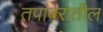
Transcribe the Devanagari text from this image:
तपांबरातील